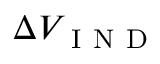
\Delta V _ { \mathrm { ~ I ~ N ~ D ~ } }